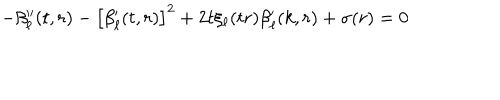
LaTeX: - \beta _ { \ell } ^ { \prime \prime } ( t , r ) - \left[ \beta _ { \ell } ^ { \prime } ( t , r ) \right] ^ { 2 } + 2 t \xi _ { \ell } ( t r ) \beta _ { \ell } ^ { \prime } ( k , r ) + \sigma ( r ) = 0